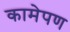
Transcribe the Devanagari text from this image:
कामेपण